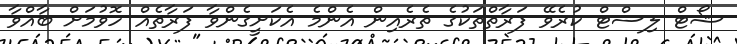
ޝޯޓް ލިސްޓް ކުރެވޭ ފަރާތްތަކުގެ ތެރެއިން އެންމެ އެކަށީގެންވާ ފަރާތެއް ހޮވުމަށް ބާއްވާ